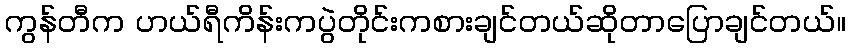
ကွန်တီက ဟယ်ရီကိန်းကပွဲတိုင်းကစားချင်တယ်ဆိုတာပြောချင်တယ်။